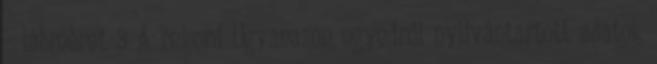
- lábméret 3 A rekord Ugyanazon egyedről nyilvántartott adatok